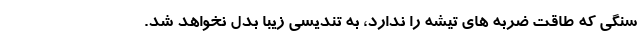
سنگی که طاقت ضربه های تیشه را ندارد، به تندیسی زیبا بدل نخواهد شد.